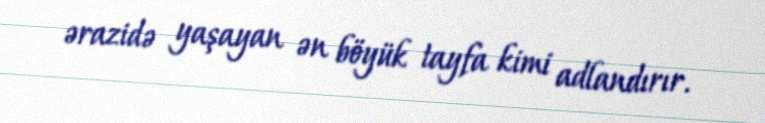
ərazidə yaşayan ən böyük tayfa kimi adlandırır.